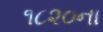
૧૮૨૦ના